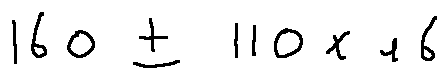
1 6 0 \pm 1 1 0 \times 4 6